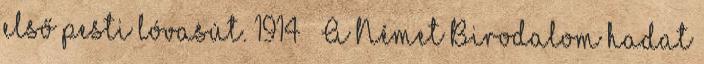
első pesti lóvasút. 1914 – A Német Birodalom hadat